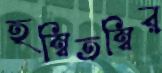
হম্বিতম্বির